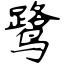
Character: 鹭